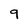
Character: 9